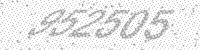
Solution: 952505